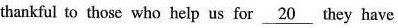
thankful to those who help us for \underline_{20} they have